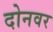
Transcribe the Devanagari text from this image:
दोनवर